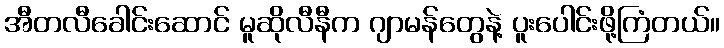
အီတလီခေါင်းဆောင် မူဆိုလီနီက ဂျာမန်တွေနဲ့ ပူးပေါင်းဖို့ကြံတယ်။